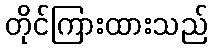
တိုင်ကြားထားသည်